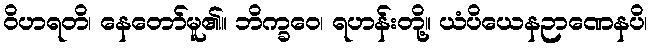
ဝိဟရတိ၊ နေတော်မူ၏။ ဘိက္ခဝေ၊ ရဟန်းတို့။ ယံပိယေနဉာဏေနပိ၊